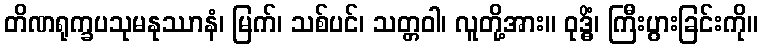
တိဏရုက္ခပသုမနုဿာနံ၊ မြက်၊ သစ်ပင်၊ သတ္တဝါ၊ လူတို့အား။ ဝုဒ္ဓိံ၊ ကြီးပွားခြင်းကို။